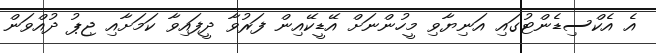
އެ އެކްސިޑެންޓުގައި އަނިޔާވި މީހުންނަށް އޭޑީކޭއިން ފަރުވާ ދީފައިވާ ކަމަށާއި ޖިޕު ދުއްވަން